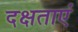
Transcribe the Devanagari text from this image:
दक्षताएं